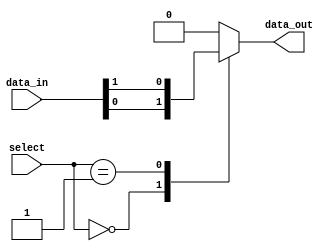
module multiplexer_128to1(
    input [127:0] data_in,
    input [6:0] select,
    output reg data_out
);

always @(*)
begin
    case(select)
        7'b0000000: data_out = data_in[0];
        7'b0000001: data_out = data_in[1];
        // Repeat for all the 128 input lines
        default: data_out = 0; // default case
    endcase
end

endmodule